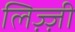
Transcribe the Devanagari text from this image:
लिज़्ज़ी